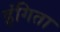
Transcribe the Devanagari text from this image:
इंगिता